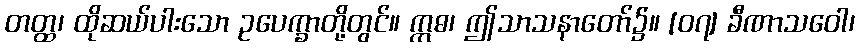
တတ္ထ၊ ထိုဆယ်ပါးသော ဥပေက္ခာတို့တွင်။ ဣဓ၊ ဤသာသနာတော်၌။ [၀၇] ခီဏာသဝေါ၊